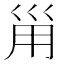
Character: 𡿲